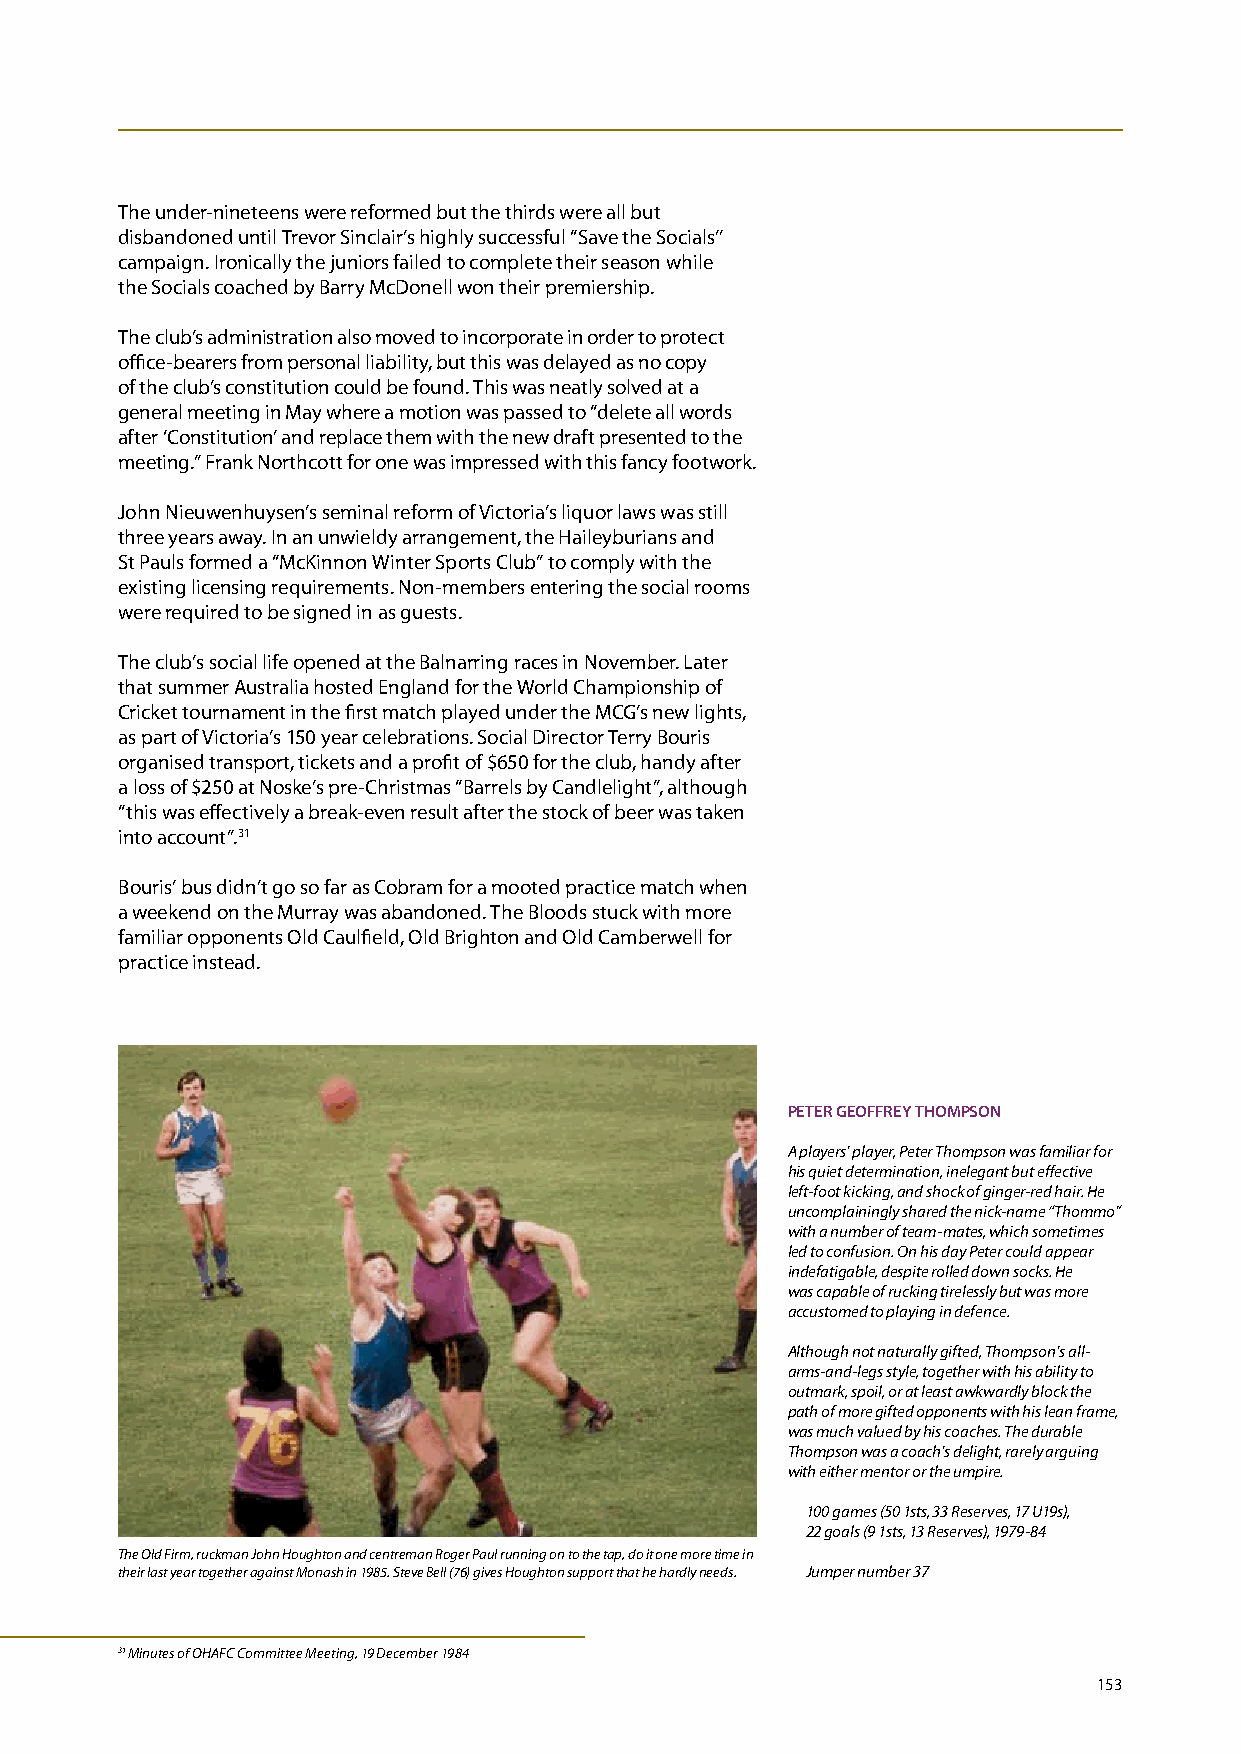
The under-nineteens were reformed but the thirds were all but
 disbandoned until Trevor Sinclair’s highly successful “Save the Socials’’
 campaign. Ironically the juniors failed to complete their season while
 the Socials coached by Barry McDonell won their premiership.
 The club’s administration also moved to incorporate in order to protect
 office-bearers from personal liability, but this was delayed as no copy
 of the club’s constitution could be found. This was neatly solved at a
 general meeting in May where a motion was passed to “delete all words
 after ‘Constitution’ and replace them with the new draft presented to the
 meeting.” Frank Northcott for one was impressed with this fancy footwork.
 John Nieuwenhuysen’s seminal reform of Victoria’s liquor laws was still
 three years away. In an unwieldy arrangement, the Haileyburians and
 St Pauls formed a “McKinnon Winter Sports Club” to comply with the
 existing licensing requirements. Non-members entering the social rooms
 were required to be signed in as guests.
 The club’s social life opened at the Balnarring races in November. Later
 that summer Australia hosted England for the World Championship of
 Cricket tournament in the first match played under the MCG’s new lights,
 as part of Victoria’s 150 year celebrations. Social Director Terry Bouris
 organised transport, tickets and a profit of $650 for the club, handy after
 a loss of $250 at Noske’s pre-Christmas “Barrels by Candlelight”, although
 “this was effectively a break-even result after the stock of beer was taken
 into account”.31
 Bouris’ bus didn’t go so far as Cobram for a mooted practice match when
 a weekend on the Murray was abandoned. The Bloods stuck with more
 familiar opponents Old Caulfield, Old Brighton and Old Camberwell for
 practice instead.
 PETER gEOFFREY THOmPSON
 A players’ player, Peter Thompson was familiar for
 his quiet determination, inelegant but effective
 left-foot kicking, and shock of ginger-red hair. He
 uncomplainingly shared the nick-name “Thommo”
 with a number of team-mates, which sometimes
 led to confusion. On his day Peter could appear
 indefatigable, despite rolled down socks. He
 was capable of rucking tirelessly but was more
 accustomed to playing in defence.
 Although not naturally gifted, Thompson’s all-
 arms-and-legs style, together with his ability to
 outmark, spoil, or at least awkwardly block the
 path of more gifted opponents with his lean frame,
 was much valued by his coaches. The durable
 Thompson was a coach’s delight, rarely arguing
 with either mentor or the umpire.
 100 games (50 1sts, 33 Reserves, 17 U19s),
 22 goals (9 1sts, 13 Reserves), 1979-84
 The Old Firm, ruckman John Houghton and centreman Roger Paul running on to the tap, do it one more time in
 their last year together against Monash in 1985. Steve Bell (76) gives Houghton support that he hardly needs. Jumper number 37
 31 Minutes of OHAFC Committee Meeting, 19 December 1984
 153